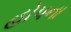
હોપના